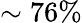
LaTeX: \sim 76\%